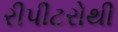
રીપીટરોથી